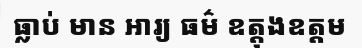
ធ្លាប់ មាន អារ្យ ធម៌ ឧត្តុងឧត្តម